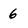
Character: 6